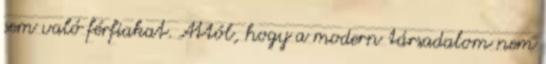
sem való férfiakat. Attól, hogy a modern társadalom nem